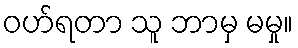
ဝဟ်ရတာ သူ ဘာမှ မမှု။